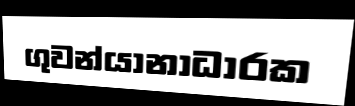
ගුවන්යානාධාරක